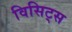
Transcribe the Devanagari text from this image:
विसिट्स